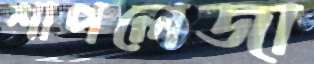
শাপলেজা